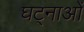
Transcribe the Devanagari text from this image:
घट्नाओं